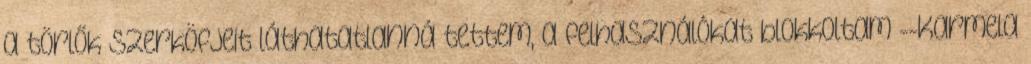
a törlők szerköfjeit láthatatlanná tettem, a felhasználókat blokkoltam --Karmela